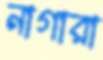
নাগারা